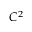
C ^ { 2 }